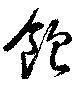
飽